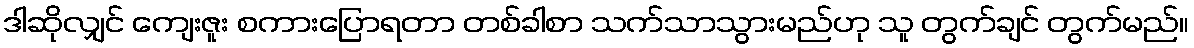
ဒါဆိုလျှင် ကျေးဇူး စကားပြောရတာ တစ်ခါစာ သက်သာသွားမည်ဟု သူ တွက်ချင် တွက်မည်။